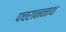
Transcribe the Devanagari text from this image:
पचराननाथ